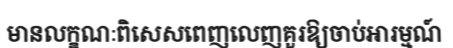
មានលក្ខណៈពិសេសពេញលេញគួរឱ្យចាប់អារម្មណ៍